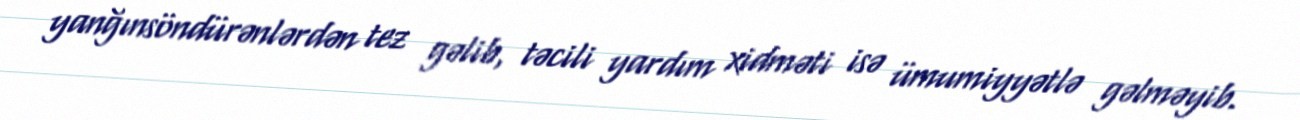
yanğınsöndürənlərdən tez gəlib, təcili yardım xidməti isə ümumiyyətlə gəlməyib.